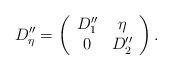
\begin{align*}D_\eta''=\left(\begin{array}{cc} D_1'' & \eta \\ 0 & D_2''\end{array}\right).\end{align*}